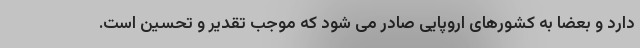
دارد و بعضا به کشورهای اروپایی صادر می شود که موجب تقدیر و تحسین است.